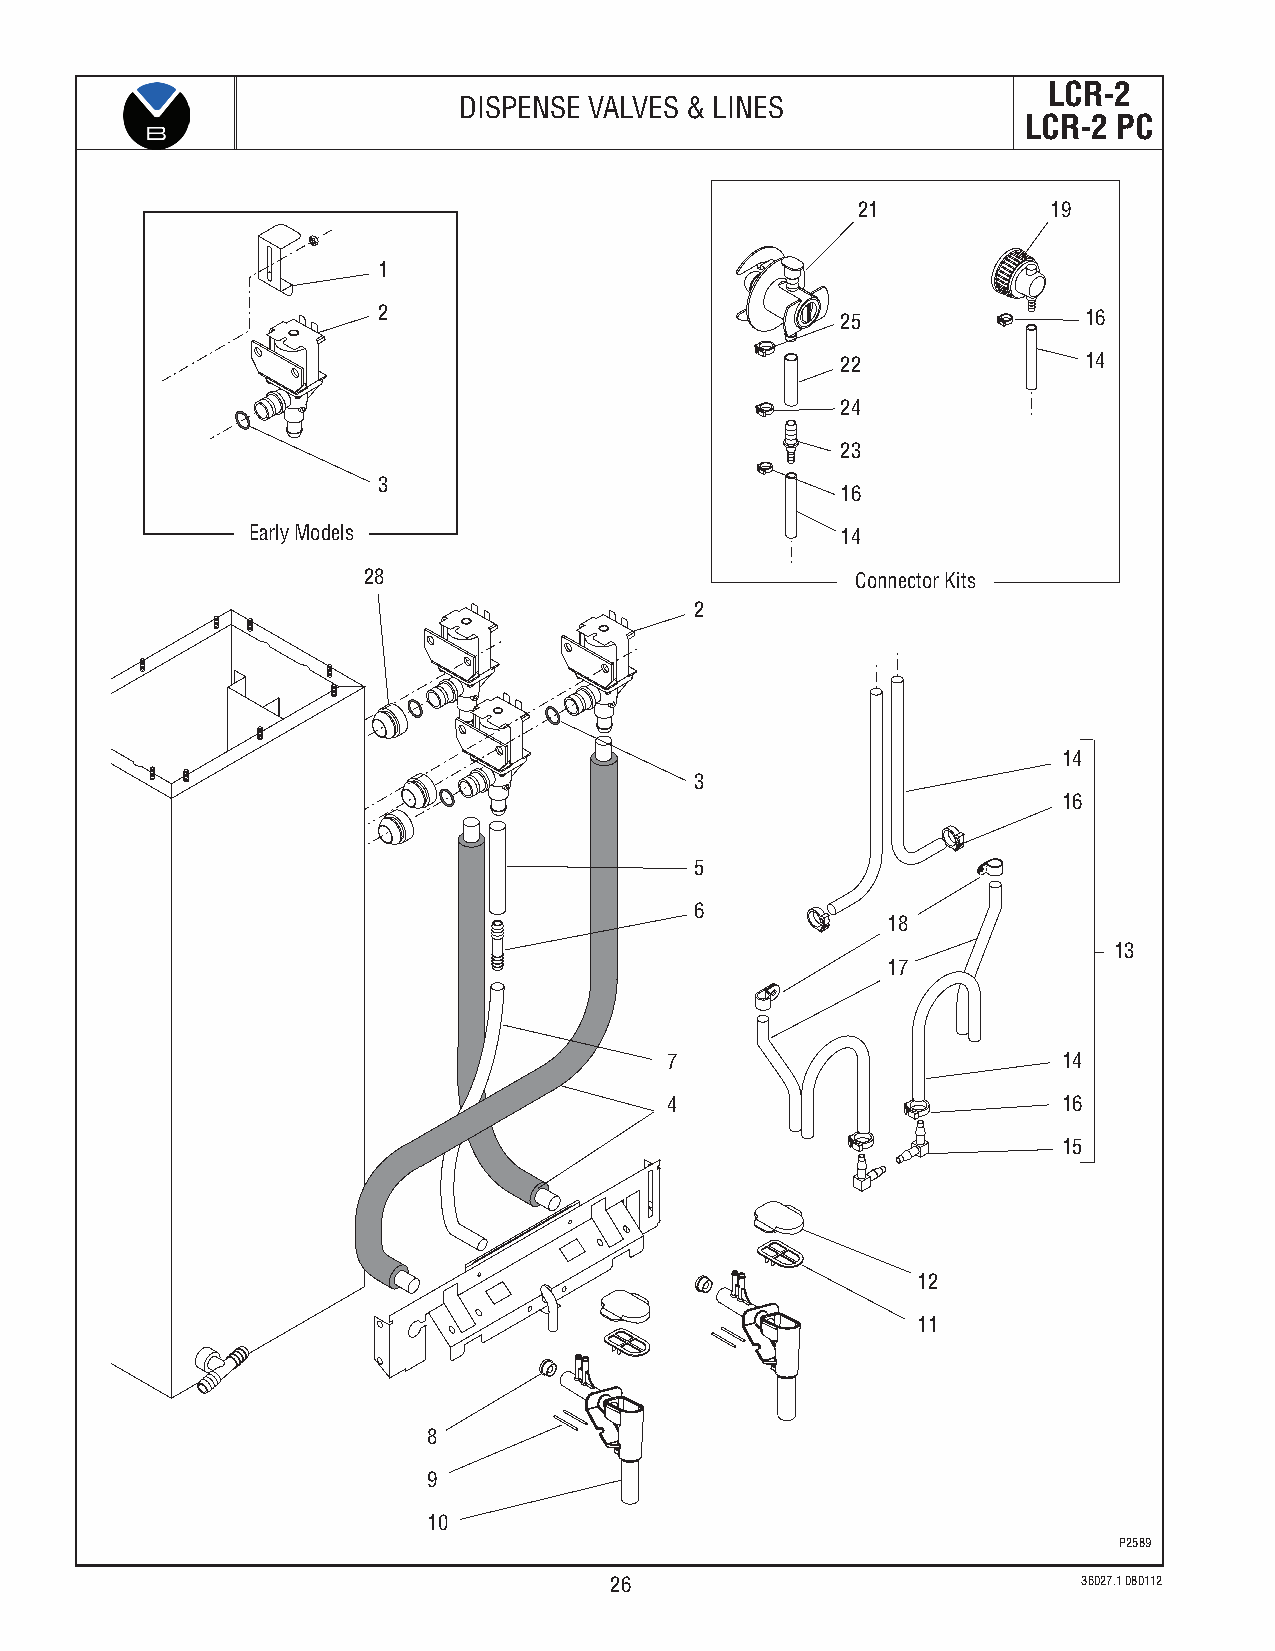
LCR-2
 DISPENSE VALVES & LINES
 LCR-2 PC
 21    27     19
 1
 2                              25              16
 22              14
 24
 23
 3
 16
 Early Models                            14
 28                               Connector Kits
 2
 14
 3
 16
 5
 6
 18
 13
 17
 7                         14
 4                         16
 15
 12
 11
 8
 9
 10
 P2589
 26                              36027.1 080112